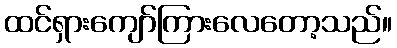
ထင်ရှားကျော်ကြားလေတော့သည်။